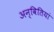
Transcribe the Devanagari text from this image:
अन्वितियां